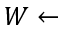
W \leftarrow